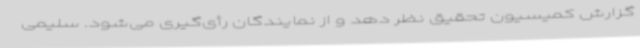
گزارش کمیسیون تحقیق نظر دهد و از نمایندگان رأی‌گیری می‌شود. سلیمی